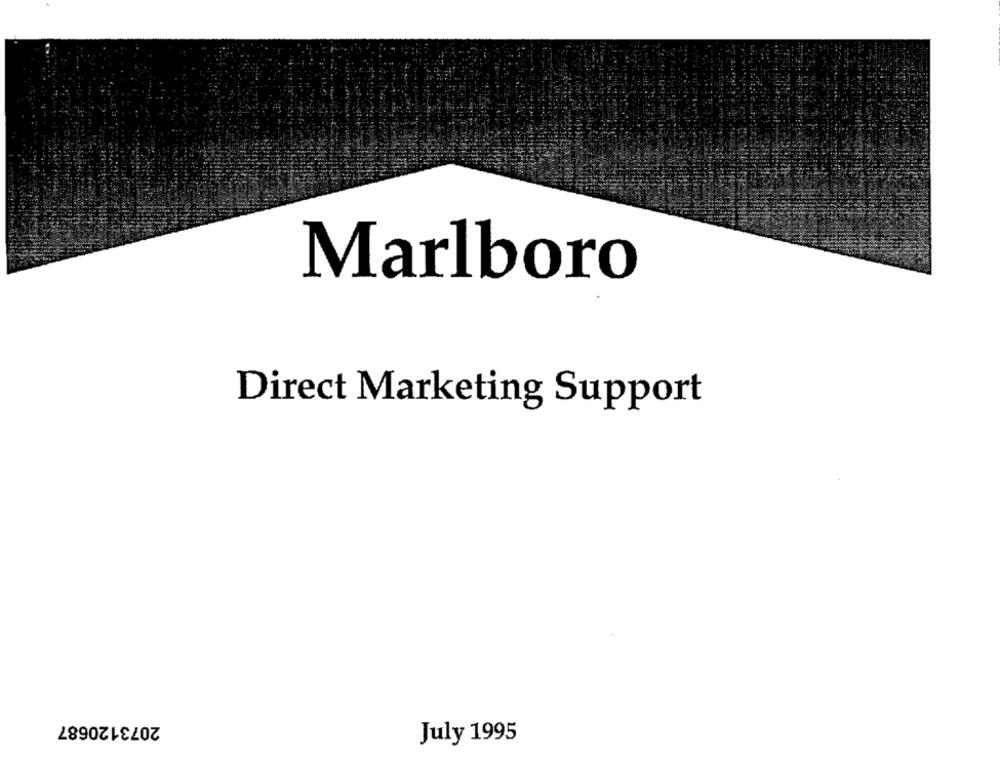
Marlboro
Direct Marketing Support
2073120687
July 1995